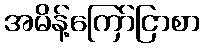
အမိန့်ကြော်ငြာစာ